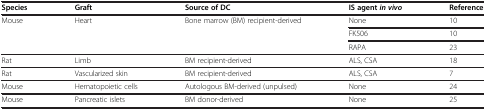
| Species | Graft | Source of DC | IS agent in vivo | Reference |
 | --- | --- | --- | --- | --- |
 | Mouse | Heart | Bone marrow (BM) recipient-derived | None | 10 |
 |  |  |  | FK506 | 10 |
 |  |  |  | RAPA | 23 |
 | Rat | Limb | BM recipient-derived | ALS, CSA | 18 |
 | Rat | Vascularized skin | BM recipient-derived | ALS, CSA | 7 |
 | Mouse | Hematopoietic cells | Autologous BM-derived (unpulsed) | None | 24 |
 | Mouse | Pancreatic islets | BM donor-derived | None | 25 |